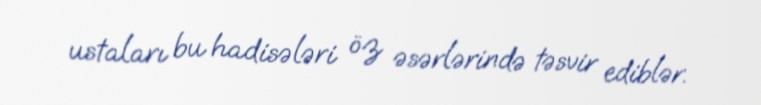
ustaları bu hadisələri öz əsərlərində təsvir ediblər.